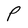
Character: P